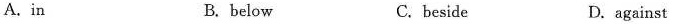
A.in B.below C.beside D.against